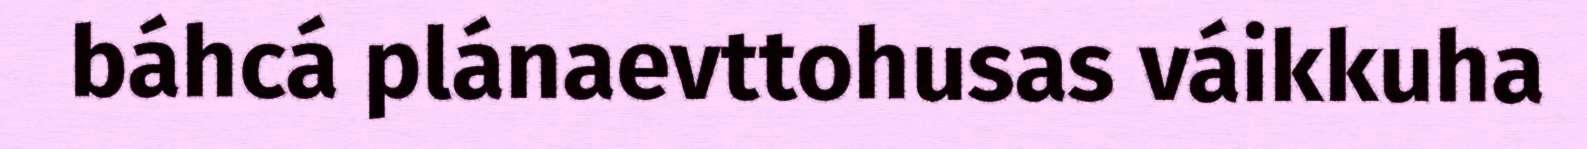
báhcá plánaevttohusas váikkuha